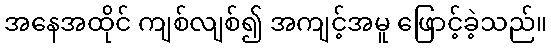
အနေအထိုင် ကျစ်လျစ်၍ အကျင့်အမူ ဖြောင့်ခဲ့သည်။